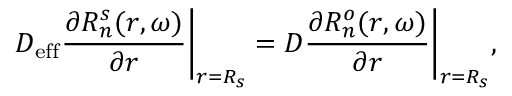
D _ { \mathrm { e f f } } \frac { \partial R _ { n } ^ { s } ( r , \omega ) } { \partial r } \bigg | _ { r = R _ { s } } = D \frac { \partial R _ { n } ^ { o } ( r , \omega ) } { \partial r } \bigg | _ { r = R _ { s } } ,